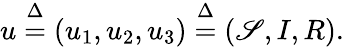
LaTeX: u\overset{\Delta}{=}(u_{1},u_{2},u_{3})\overset{\Delta}{=}(\mathscr{S},I,R).